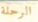
الرحلة